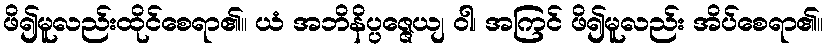
ဖိ၍မူလည်းထိုင်စေရာ၏။ ယံ အဘိနိပ္ပဇ္ဇေယျ ဝါ၊ အကြင် ဖိ၍မူလည်း အိပ်စေရာ၏။